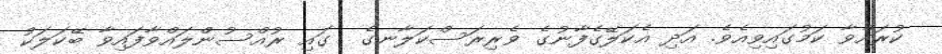
ކުރައްވާ ކަމުގައިވިއެވެ. އަދި އެކަލޭގެފާނުގެ ވެރިރަސްކަލާނގެ  ގައި ރުއްސުންލައްވާފައިވާ ބޭކަލަކު